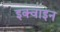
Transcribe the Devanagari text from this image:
इक्वाइन